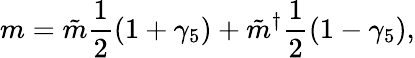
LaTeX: m=\tilde{m}\frac{1}{2}(1+\gamma_{5})+\tilde{m}^{\dagger}\frac{1}{2}(1-\gamma_{5}),